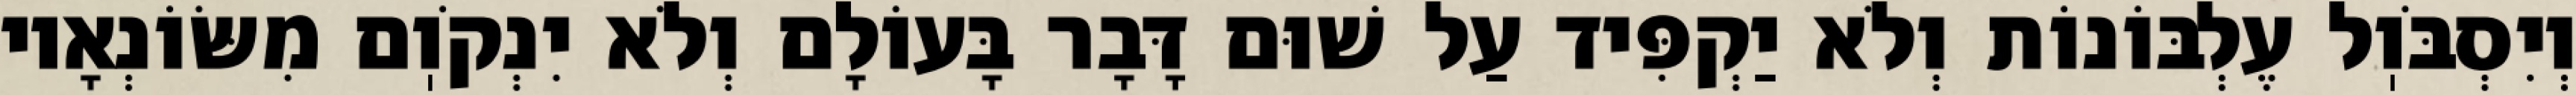
וְיִסְבֹּוֽל עֶלְבּוֹנוֹת וְלֹא יַקְפִּיד עַל שׁוּם דָּבָר בָּעוֹלָם וְלֹא יִנְקֹוֽם מִשּׂוֹנְאָיו